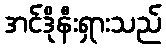
အင်ဒိုနီးရှားသည်